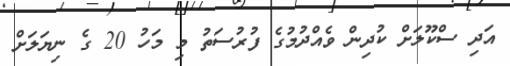
އަދި ސްކޫލަށް ކުދިން ވެއްދުމުގެ ފުރުސަތު މި މަހު 20 ގެ ނިޔަލަށް